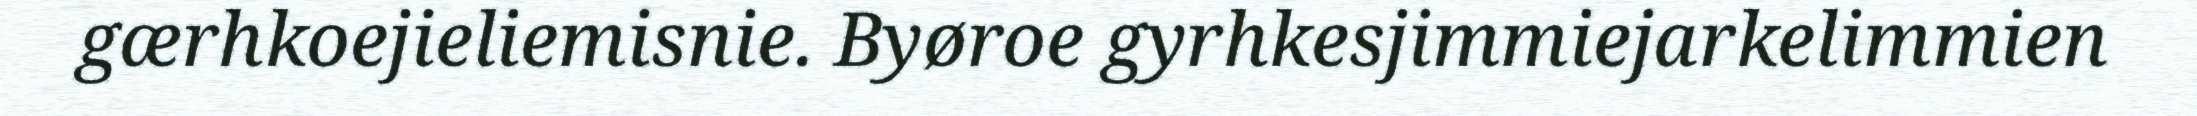
gærhkoejieliemisnie. Byøroe gyrhkesjimmiejarkelimmien